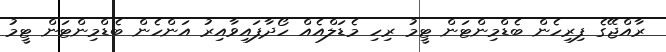
ރާއްޖޭގެ ފިރިހެން ބެޑްމިންޓަން ޓީމު ރިހި މެޑަލްއެއް ހޯދާފައިވާއިރު އަންހެން ބެޑްމިންޓަން ޓީމު